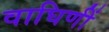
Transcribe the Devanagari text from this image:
वाघिणीं